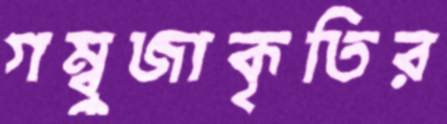
গম্বুজাকৃতির